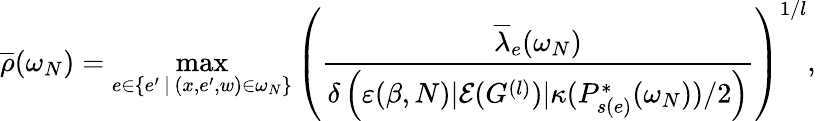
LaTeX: \overline{{\rho}}(\omega_{N})=\operatorname*{max}_{e\in\{ e^{\prime}\, |\, (x,e^{\prime},w)\in\omega_{N}\} }\left(\frac{\overline{{\lambda}}_{e}(\omega_{N})}{\delta\left(\varepsilon(\beta,N)|\mathcal{E}(G^{(l)})|\kappa(P_{s(e)}^{*}(\omega_{N}))/2\right)}\right)^{1/l},